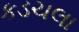
કડચલા